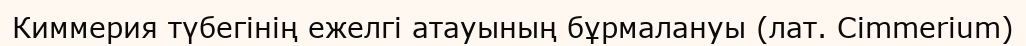
Киммерия түбегінің ежелгі атауының бұрмалануы (лат. Cimmerium)